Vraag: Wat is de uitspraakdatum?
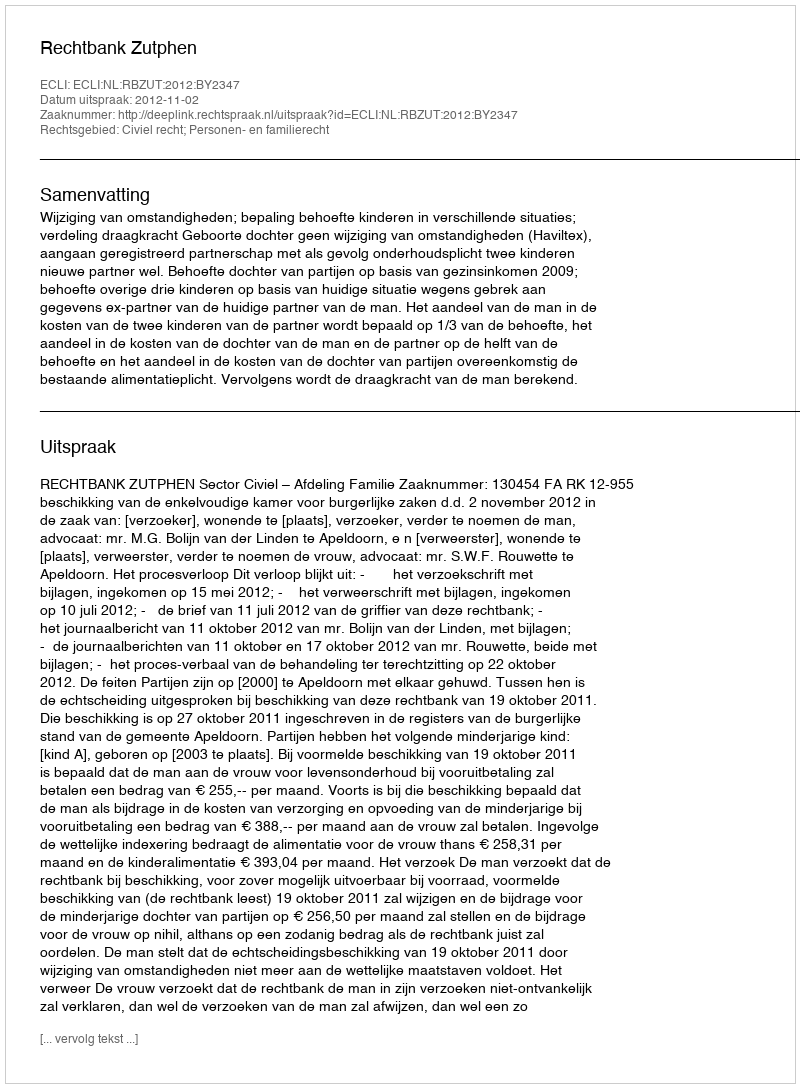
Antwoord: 2012-11-02